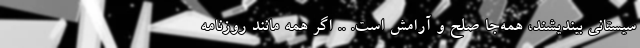
سیستانی بیندیشند، همه‌جا صلح و آرامش است. .. اگر همه مانند روزنامه